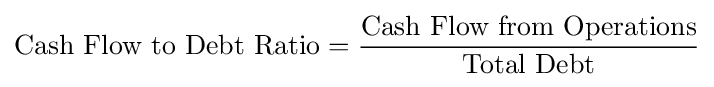
{\text{Cash Flow to Debt Ratio}}={\frac {\text{Cash Flow from Operations}}{\text{Total Debt}}}